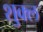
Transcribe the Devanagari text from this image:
शु्क्ल